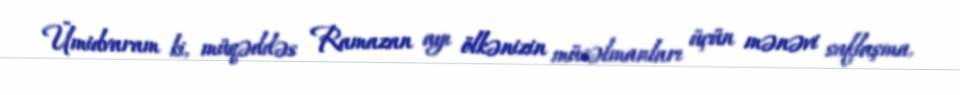
Ümidvaram ki, müqəddəs Ramazan ayı ölkənizin müsəlmanları üçün mənəvi saflaşma,